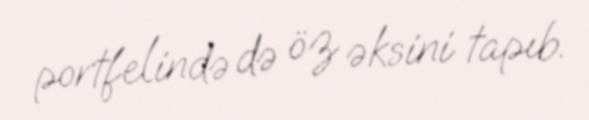
portfelində də öz əksini tapıb.